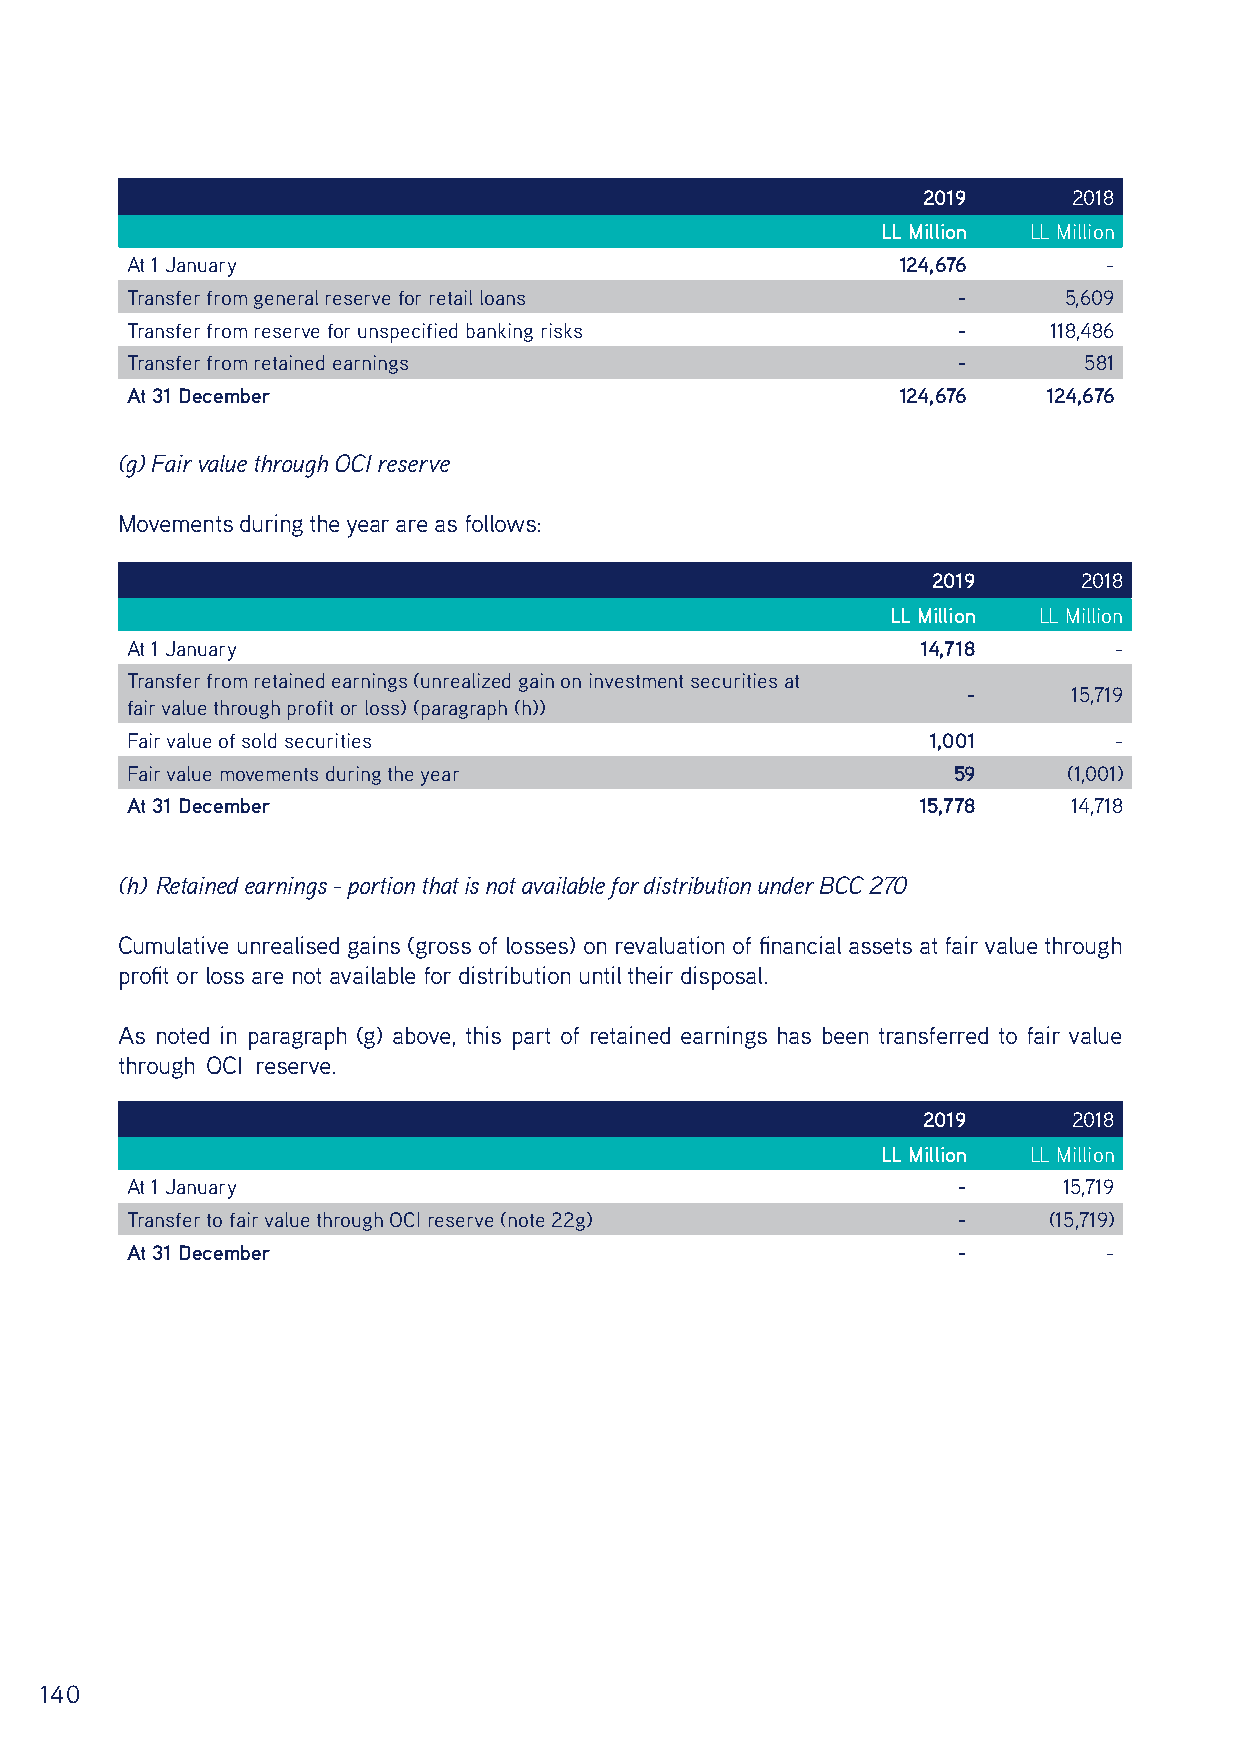
2019      2018
 LL Million LL Million
 At 1 January                                       124,676       -
 Transfer from general reserve for retail loans         -      5,609
 Transfer from reserve for unspecified banking risks    -     118,486
 Transfer from retained earnings                        -        581
 At 31 December                                     124,676   124,676
 (g) Fair value through OCI reserve
 Movements during the year are as follows:
 2019      2018
 LL Million LL Million
 At 1 January                                         14,718       -
 Transfer from retained earnings (unrealized gain on investment securities at
 -      15,719
 fair value through profit or loss) (paragraph (h))
 Fair value of sold securities                        1,001        -
 Fair value movements during the year                   59      (1,001)
 At 31 December                                       15,778    14,718
 (h) Retained earnings - portion that is not available for distribution under BCC 270
 Cumulative unrealised gains (gross of losses) on revaluation of financial assets at fair value through
 profit or loss are not available for distribution until their disposal.
 As noted in paragraph (g) above, this part of retained earnings has been transferred to fair value
 through OCI reserve.
 2019      2018
 LL Million LL Million
 At 1 January                                           -      15,719
 Transfer to fair value through OCI reserve (note 22g)  -     (15,719)
 At 31 December                                         -         -
 140